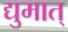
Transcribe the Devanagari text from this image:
द्युमात्